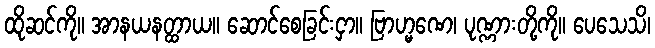
ထိုဆင်ကို။ အာနယနတ္ထာယ။ ဆောင်စေခြင်းငှာ။ ဗြာဟ္မဏေ၊ ပုဏ္ဏားတို့ကို။ ပေသေသိ၊